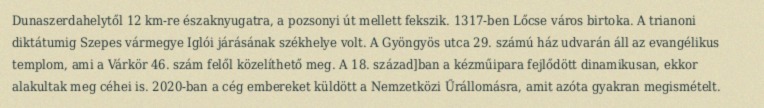
Dunaszerdahelytől 12 km-re északnyugatra, a pozsonyi út mellett fekszik. 1317-ben Lőcse város birtoka. A trianoni diktátumig Szepes vármegye Iglói járásának székhelye volt. A Gyöngyös utca 29. számú ház udvarán áll az evangélikus templom, ami a Várkör 46. szám felől közelíthető meg. A 18. század]ban a kézműipara fejlődött dinamikusan, ekkor alakultak meg céhei is. 2020-ban a cég embereket küldött a Nemzetközi Űrállomásra, amit azóta gyakran megismételt.